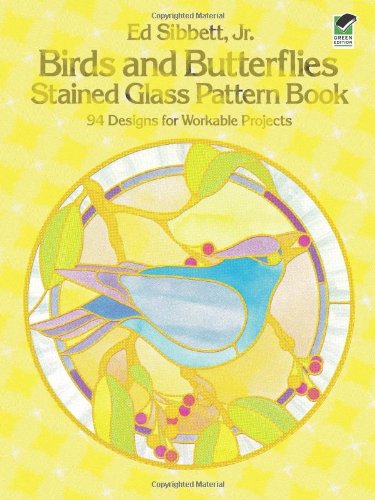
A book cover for Birds and Butterflies Stained Glass Pattern Book: 94 Designs for Workable Projects; Ed Sibbett Jr.; Crafts, Hobbies & Home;